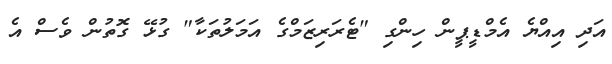
އަދި އިއްޔެ އެމްޑީޕީން ހިންގި "ޓެރަރިޒަމްގެ އަމަލުތަކާ" ގުޅޭ ގޮތުން ވެސް އެ